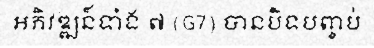
អភិវឌ្ឍន៍ទាំង ៧ (G7) បានបិទបញ្ចប់